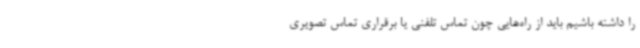
را داشته باشیم باید از راه‌هایی چون تماس تلفنی یا برقراری تماس تصویری